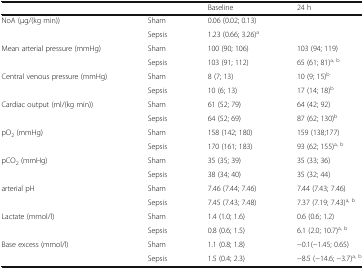
<table><thead><tr><td></td><td></td><td><b>Baseline</b></td><td><b>24 h</b></td></tr></thead><tbody><tr><td rowspan="2">NoA (μg/(kg min))</td><td>Sham</td><td colspan="2">0.06 (0.02; 0.13)</td></tr><tr><td>Sepsis</td><td colspan="2">1.23 (0.66; 3.26)<sup>a</sup></td></tr><tr><td rowspan="2">Mean arterial pressure (mmHg)</td><td>Sham</td><td>100 (90; 106)</td><td>103 (94; 119)</td></tr><tr><td>Sepsis</td><td>103 (91; 112)</td><td>65 (61; 81)<sup>a, b</sup></td></tr><tr><td rowspan="2">Central venous pressure (mmHg)</td><td>Sham</td><td>8 (7; 13)</td><td>10 (9; 15)<sup>b</sup></td></tr><tr><td>Sepsis</td><td>10 (6; 13)</td><td>17 (14; 18)<sup>b</sup></td></tr><tr><td rowspan="2">Cardiac output (ml/(kg min))</td><td>Sham</td><td>61 (52; 79)</td><td>64 (42; 92)</td></tr><tr><td>Sepsis</td><td>64 (52; 69)</td><td>87 (62; 130)<sup>b</sup></td></tr><tr><td rowspan="2">pO<sub>2</sub> (mmHg)</td><td>Sham</td><td>158 (142; 180)</td><td>159 (138;177)</td></tr><tr><td>Sepsis</td><td>170 (161; 183)</td><td>93 (62; 155)<sup>a, b</sup></td></tr><tr><td rowspan="2">pCO<sub>2</sub> (mmHg)</td><td>Sham</td><td>35 (35; 39)</td><td>35 (33; 36)</td></tr><tr><td>Sepsis</td><td>38 (34; 40)</td><td>35 (32; 44)</td></tr><tr><td rowspan="2">arterial pH</td><td>Sham</td><td>7.46 (7.44; 7.46)</td><td>7.44 (7.43; 7.46)</td></tr><tr><td>Sepsis</td><td>7.45 (7.43; 7.48)</td><td>7.37 (7.19; 7.43)<sup>a, b</sup></td></tr><tr><td rowspan="2">Lactate (mmol/l)</td><td>Sham</td><td>1.4 (1.0; 1.6)</td><td>0.6 (0.6; 1.2)</td></tr><tr><td>Sepsis</td><td>0.8 (0.6; 1.5)</td><td>6.1 (2.0; 10.7)<sup>a, b</sup></td></tr><tr><td rowspan="2">Base excess (mmol/l)</td><td>Sham</td><td>1.1 (0.8; 1.8)</td><td>−0.1(−1.45; 0.65)</td></tr><tr><td>Sepsis</td><td>1.5 (0.4; 2.3)</td><td>−8.5 (−14.6; −3.7)<sup>a, b</sup></td></tr></tbody></table>